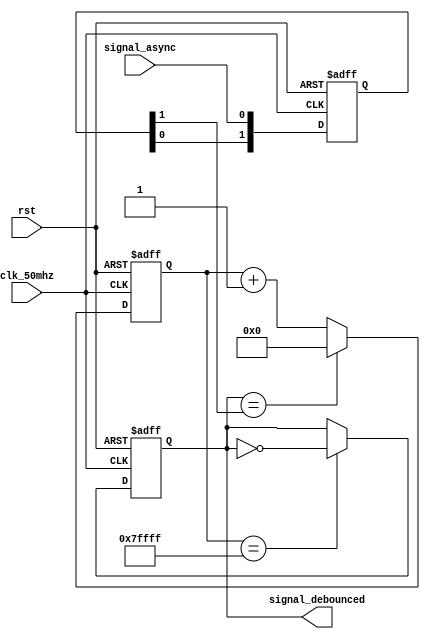
module sync_debouncer_10ms (
    signal_debounced,          
    clk_50mhz,                 
    rst,                       
    signal_async               
);
output     signal_debounced;   
input      clk_50mhz;          
input      rst;                
input      signal_async;       
reg [1:0] sync_stage;
always @(posedge clk_50mhz or posedge rst)
  if (rst) sync_stage <= 2'b00;
  else     sync_stage <= {sync_stage[0], signal_async};
wire signal_sync = sync_stage[1];
reg [18:0] debounce_counter;
always @(posedge clk_50mhz or posedge rst)
  if (rst)                               debounce_counter <= 19'h00000;
  else if(signal_debounced==signal_sync) debounce_counter <= 19'h00000;
  else                                   debounce_counter <= debounce_counter+1;
wire debounce_counter_done = (debounce_counter==19'h7ffff);
reg signal_debounced;
always @(posedge clk_50mhz or posedge rst)
  if (rst)                       signal_debounced <= 1'b0;
  else if(debounce_counter_done) signal_debounced <= ~signal_debounced;
endmodule